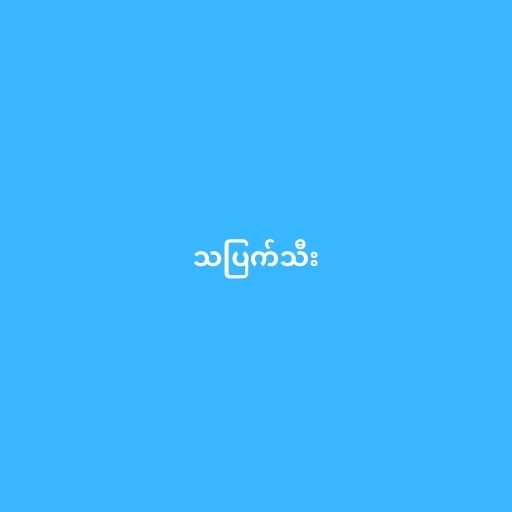
သပြက်သီး